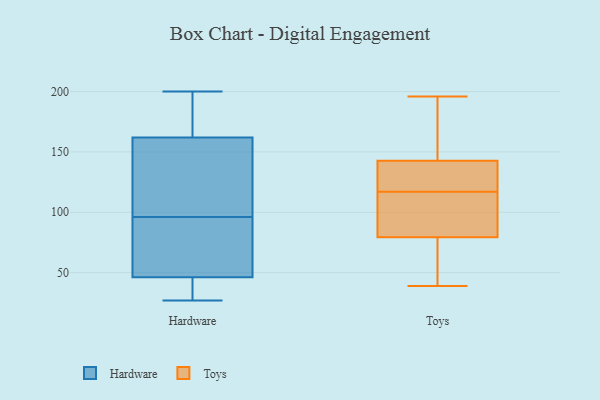
{"axis": {"x": "Budget (USD K)", "y": "Value"}, "legend": ["Hardware", "Toys"], "data": [{"x": "", "y": 141, "type": "Hardware"}, {"x": "", "y": 68, "type": "Hardware"}, {"x": "", "y": 167, "type": "Hardware"}, {"x": "", "y": 170, "type": "Hardware"}, {"x": "", "y": 147, "type": "Hardware"}, {"x": "", "y": 200, "type": "Hardware"}, {"x": "", "y": 96, "type": "Hardware"}, {"x": "", "y": 88, "type": "Hardware"}, {"x": "", "y": 35, "type": "Hardware"}, {"x": "", "y": 27, "type": "Hardware"}, {"x": "", "y": 39, "type": "Hardware"}, {"x": "", "y": 141, "type": "Toys"}, {"x": "", "y": 80, "type": "Toys"}, {"x": "", "y": 66, "type": "Toys"}, {"x": "", "y": 123, "type": "Toys"}, {"x": "", "y": 39, "type": "Toys"}, {"x": "", "y": 108, "type": "Toys"}, {"x": "", "y": 79, "type": "Toys"}, {"x": "", "y": 143, "type": "Toys"}, {"x": "", "y": 57, "type": "Toys"}, {"x": "", "y": 142, "type": "Toys"}, {"x": "", "y": 144, "type": "Toys"}, {"x": "", "y": 196, "type": "Toys"}, {"x": "", "y": 158, "type": "Toys"}, {"x": "", "y": 112, "type": "Toys"}, {"x": "", "y": 117, "type": "Toys"}]}